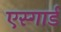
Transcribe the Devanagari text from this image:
एस्गार्ड